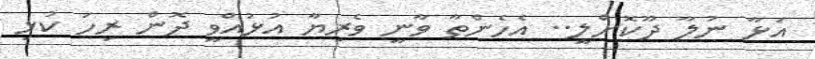
އަޅާ ނުލާ ދޫކޮށްލީ.. އެހެންތާ ވާނީ ވެރިޔާ އުޅުއްވީ ދޮން ރިހަ ކުޅި